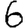
Digit: 6